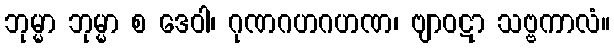
ဘုမ္မာ ဘုမ္မာ စ ဒေဝါ၊ ဂုဏဂဟဂဟဏ၊ ဗျာဝဋာ သဗ္ဗကာလံ။